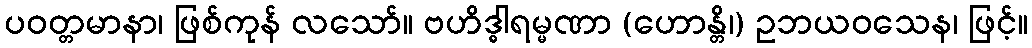
ပဝတ္တမာနာ၊ ဖြစ်ကုန် လသော်။ ဗဟိဒ္ဓါရမ္မဏာ (ဟောန္တိ၊) ဥဘယဝသေန၊ ဖြင့်။